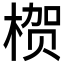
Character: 𱣻